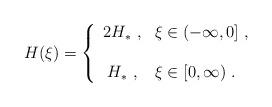
LaTeX: \begin{align*}H(\xi) = \left\{\begin{array}{cl}2H_* \ , & \xi\in (-\infty,0]\ , \\ & \\ H_* \ , & \xi\in [0,\infty)\ .\end{array}\right. \end{align*}